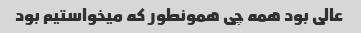
عالی بود همه چی همونطور که میخواستیم بود